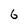
Character: 6